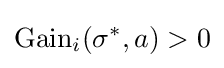
{\text{Gain}}_{i}(\sigma ^{*},a)>0